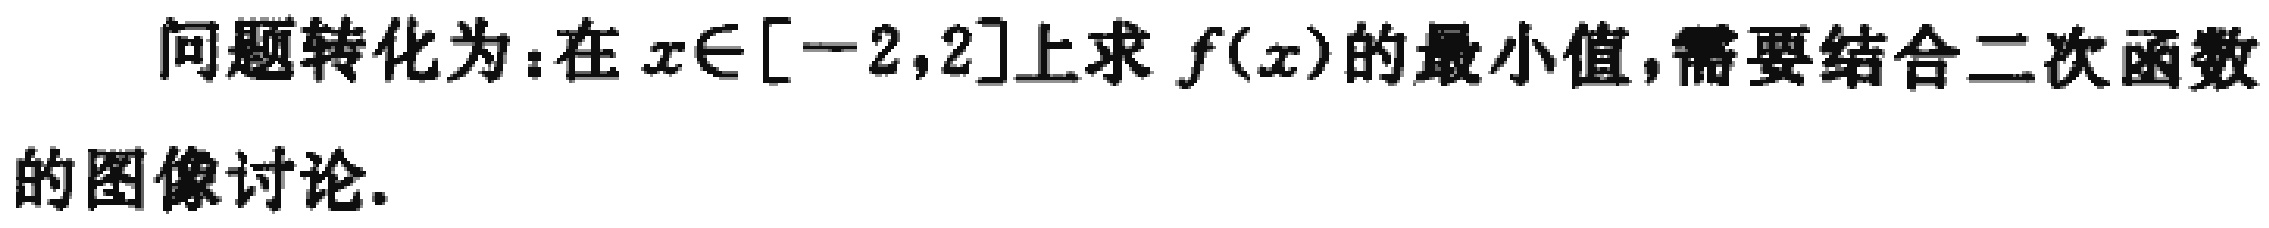
问题转化为：在 \(x\in[-2,2]\)上求 \(f(x)\)的最小值,需要结合二次函数的图像讨论.